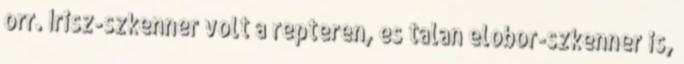
orr. Irisz-szkenner volt a repteren, es talan elobor-szkenner is,